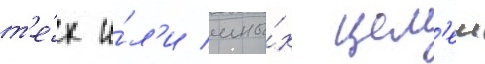
т'е́х и́л'и ины́х цел'еи